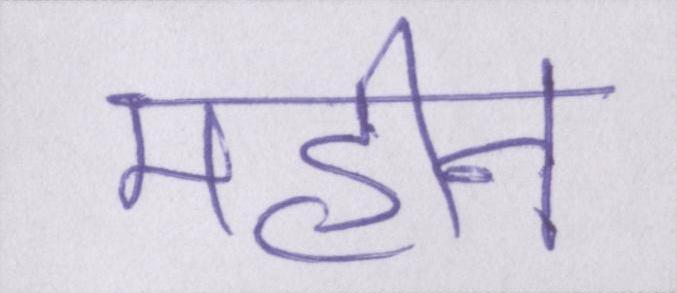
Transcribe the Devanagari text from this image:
महीन